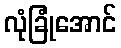
လုံခြုံအောင်